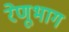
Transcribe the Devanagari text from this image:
रेणूभाग